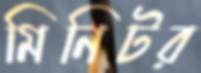
মিনিটর